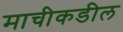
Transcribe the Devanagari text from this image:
माचीकडील